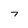
Character: 7